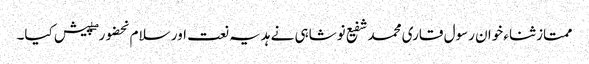
ممتاز ثناء خوان رسول قاری محمد شفیع نوشاہی نے ہدیہ نعت اور سلام بحضور ۖ پیش کیا۔